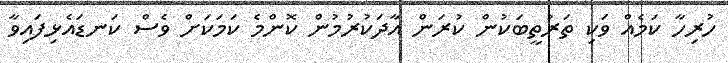
ހުރިހާ ކަމެއް ވަކި ތަރުތީބަކުން ކުރަން އާދަކުރުމުން ކޮންމެ ކަމަކަށް ވެސް ކަނޑައެޅިފައިވާ